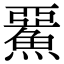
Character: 𩸖